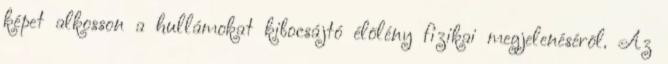
képet alkosson a hullámokat kibocsájtó élõlény fizikai megjelenésérõl. Az